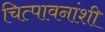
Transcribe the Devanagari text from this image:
चित्पावनांशी